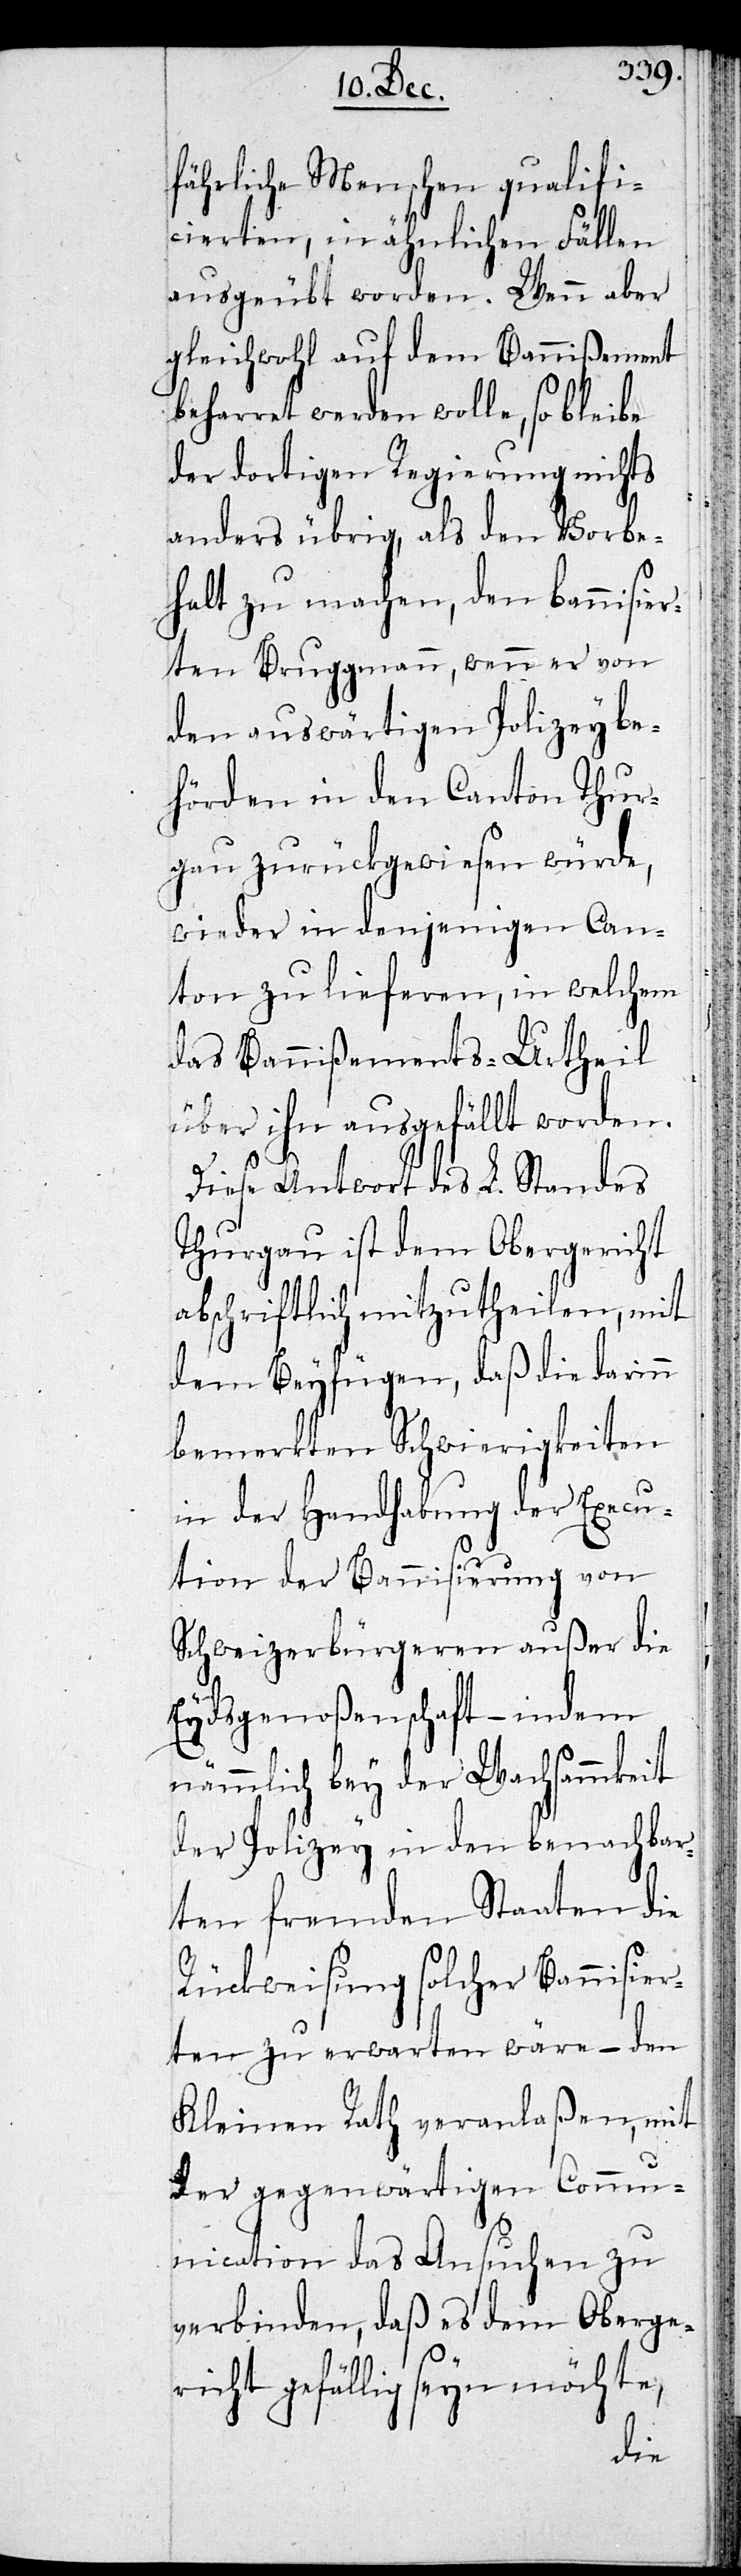
fährliche Menschen qualifi¬
cierten, in ähnlichen Fällen
ausgeübt worden. Wenn aber
gleichwohl auf dem Bannißement
beharret werden wolle, so bleibe
der dortigen Regierung nichts
anderes übrig, als den Vorbe¬
halt zumachen, den bannisie¬
rten Bruggmann, wenn er von
den auswärtigen Polizeybe¬
hörden in den Canton Thur¬
gau zurückgewiesen würde,
wieder in denjenigen Can¬
ton zu lieferen, in welchem
das Bannißements-Urtheil
über ihn ausgefällt worden.
Diese Antwort des L. Standes
Thurgau ist dem Obergericht
abschriftlich mitzutheilen, mit
dem Beyfügen, daß die darin
bemerkten Schwierigkeiten
in der Handhabung der Execu¬
tion der Bannisierung von
Schweizerbürgeren außer die
Eydsgenoßenschaft – indem
nämlich bey der Wachsammkeit
der Polizey in den benachbar¬
ten fremden Staaten die
Rückweisung solcher Bannisier¬
ten zu erwarten wäre – den
Kleinen Rath veranlaßen, mit
der gegenwärtigen Commu¬
nication das Ansuchen zu
verbinden, daß es dem Oberge¬
richt gefällig seyn möchte,